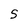
Character: S